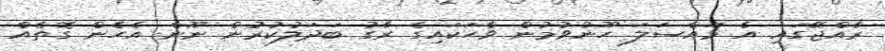
ރާއްޖޭގައި އެ މައްސަލަ ހޫނުވުމުން ވާހަކައިގެ ރާގު ބަދަލުކުރުން ނޫން އެހެން ގޮތެއް